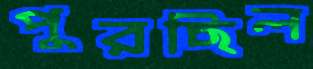
পুরছিল